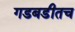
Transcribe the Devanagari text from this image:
गडबडीतच